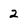
Character: 2